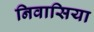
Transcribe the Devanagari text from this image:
निवासिया